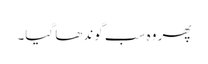
پھر وہ سب گوندھا گیا۔